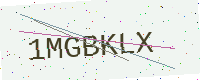
Text: 1MGBKLX